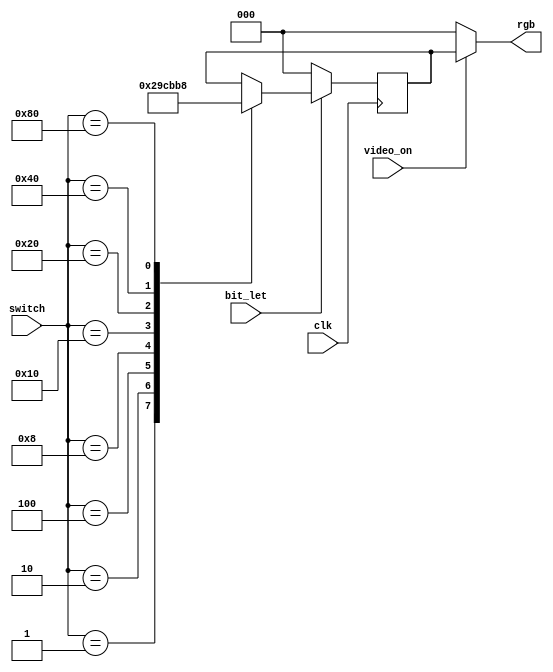
`timescale 1ns / 1ps
//////////////////////////////////////////////////////////////////////////////////
// Company: 
// Engineer: 
// 
// Design Name: 
// Module Name: Color
// Project Name: 
// Target Devices: 
// Tool Versions: 
// Description: 
// 
// Dependencies: 
// 
// Revision:
// Revision 0.01 - File Created
// Additional Comments:
// 
//////////////////////////////////////////////////////////////////////////////////


module Color( //declaracin de variables
    input wire clk,
    input wire [7:0] switch,
    output wire [2:0] rgb,
    input wire bit_let,
    input wire video_on
    );
  //Variable interna
  reg [2:0] rgb_reg;
  
    always @(posedge clk) //operacin se realiza con cada pulso de reloj
        if (bit_let)  //se encienden los LEDs solo si el bit se encuentra en 1 en memoria
            case (switch) // combinacin de colores seleccionados de acuerdo al switch, solo se puede seleccionar un siwtch a la vez
            8'b00000001: rgb_reg = 3'b001;//Azul
            8'b00000010: rgb_reg = 3'b010;//Verde
            8'b00000100: rgb_reg = 3'b011;//Verde Azulado
            8'b00001000: rgb_reg = 3'b100;//Rojo
            8'b00010000: rgb_reg = 3'b101;//Morado
            8'b00100000: rgb_reg = 3'b110;//Cafe
            8'b01000000: rgb_reg = 3'b111;//Blanco
            8'b10000000: rgb_reg = 3'b000;//Negro
        endcase
     else 
        rgb_reg <= 0;
    assign rgb = (video_on) ? rgb_reg : 3'b000; //se le asigna a rgb la variable interna solo si la seal de video est encendida
endmodule